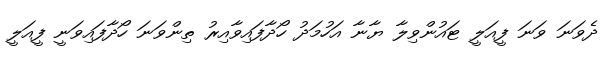
ދެވަނަ ވަނަ ފީއަލީ ޓައުންވިލާ ޔާނާ އަހުމަދު ހޯދާފައިވާއިރު ތިންވަނަ ހޯދާފައިވަނީ ފީއަލީ